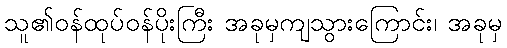
သူ၏ဝန်ထုပ်ဝန်ပိုးကြီး အခုမှကျသွားကြောင်း၊ အခုမှ